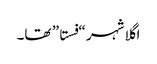
اگلا شہر “فستا” تھا۔